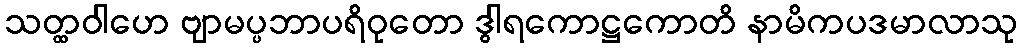
သတ္ထဝါဟေ ဗျာမပ္ပဘာပရိဝုတော ဒွါရကောဋ္ဌကောတိ နာမိကပဒမာလာသု